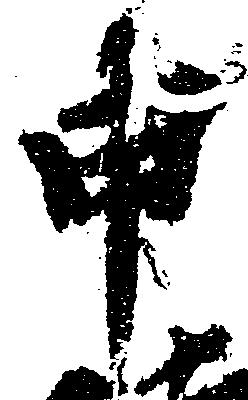
申